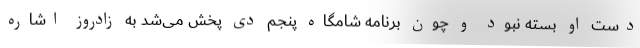
دست او بسته نبود و چون برنامه شامگاه پنجم دی پخش می‌شد به زادروز اشاره